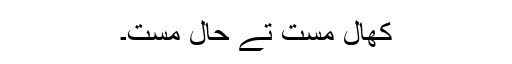
کھال مست تے حال مست۔